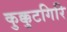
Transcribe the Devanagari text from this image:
कुक्कुटगिरि